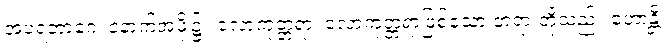
အပရဘာဂေ၊ နောက်အဖို့၌။ လောကုတ္တရာ၊ လောကုတ္တရာဖြစ်သော တရားတို့သည်။ ဟောန္တိ၊